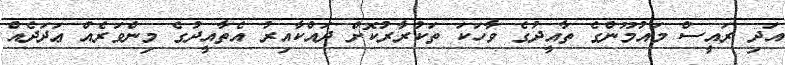
އަދި ރައީސް މައުމޫންގެ ތާއީދުގެ ވާހަކަ ތަކުރާރުކޮށް ދައްކާއިރު އެތާއީދުގެ މިންވަރެއް ޢަދަދެއް